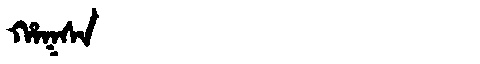
Manchu: ᡥᠠᡴᠰᠠ
Romanization: HAKSA